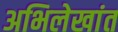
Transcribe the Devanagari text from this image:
अभिलेखांत